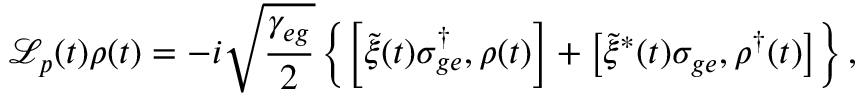
\mathcal { L } _ { p } ( t ) \rho ( t ) = - i \sqrt { \frac { \gamma _ { e g } } { 2 } } \left\{ \left[ \tilde { \xi } ( t ) \sigma _ { g e } ^ { \dagger } , \rho ( t ) \right] + \left[ \tilde { \xi } ^ { * } ( t ) \sigma _ { g e } , \rho ^ { \dagger } ( t ) \right] \right\} ,